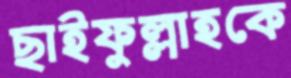
ছাইফুল্লাহকে